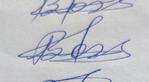
Signature authenticity: genuine